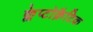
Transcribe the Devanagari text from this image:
क्लेप्टोक्रैटिक